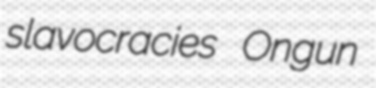
slavocracies Ongun